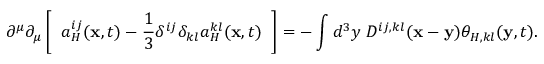
\partial ^ { \mu } \partial _ { \mu } \left[ \; \; a _ { H } ^ { i j } ( { \bf x } , t ) - \frac { 1 } { 3 } \delta ^ { i j } \delta _ { k l } a _ { H } ^ { k l } ( { \bf x } , t ) \; \; \right] = - \int d ^ { 3 } y \; D ^ { i j , k l } ( { \bf x } - { \bf y } ) \theta _ { H , k l } ( { \bf y } , t ) .